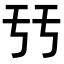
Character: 𠄥